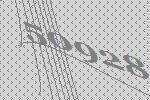
50928